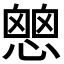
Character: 𢡔